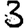
Digit: 3